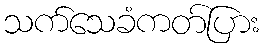
သက်သေခံကတ်ပြား